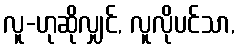
လူ-ဟုဆိုလျှင်, လူလိုပင်သာ,